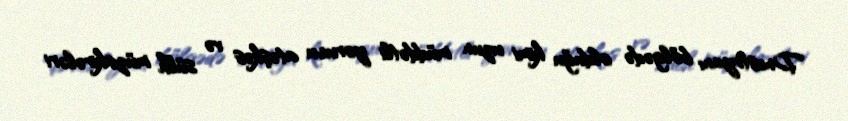
Dnestryanı bölgədə olduğu kimi uzun müddətli yorucu atəşkəs və sülh müzakirələri